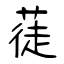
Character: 蓗